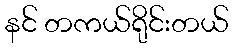
နင် တကယ်ရိုင်းတယ်